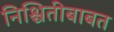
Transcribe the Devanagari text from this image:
निश्चितीबाबत